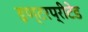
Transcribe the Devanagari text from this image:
इण्टरप्रीटेड